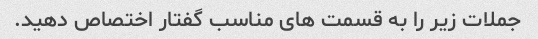
جملات زیر را به قسمت های مناسب گفتار اختصاص دهید.